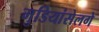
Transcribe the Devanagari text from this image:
मुडियांसेलगे